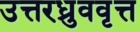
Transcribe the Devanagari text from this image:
उत्तरध्रुववृत्त